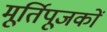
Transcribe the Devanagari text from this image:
मूर्तिपूजकों